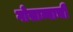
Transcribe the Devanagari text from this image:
गोसाव्याची